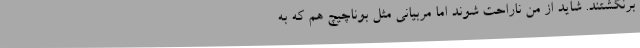
برنگشتند. شاید از من ناراحت شوند اما مربیانی مثل بوناچیچ هم که به